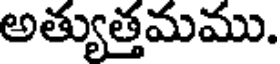
అత్యుత్తమము.